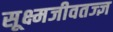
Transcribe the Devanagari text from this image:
सूक्ष्मजीवतज्ज्ञ